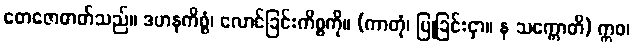
တေဇောဓာတ်သည်။ ဒဟနကိစ္စံ၊ လောင်ခြင်းကိစ္စကို။ (ကာတုံ၊ ပြုခြင်းငှာ။ န သက္ကောတိ) ဣဝ၊